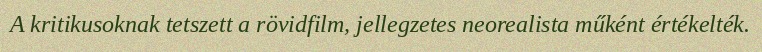
A kritikusoknak tetszett a rövidfilm, jellegzetes neorealista műként értékelték.